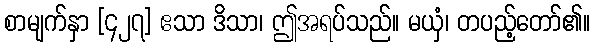
စာမျက်နှာ [၄၂၇] ဧသာ ဒိသာ၊ ဤအရပ်သည်။ မယှံ၊ တပည့်တော်၏။